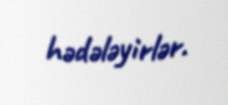
hədələyirlər.